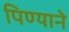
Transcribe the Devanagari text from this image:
पिण्याने